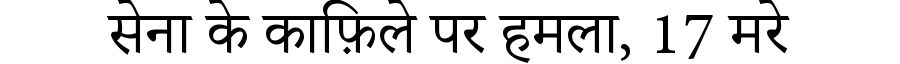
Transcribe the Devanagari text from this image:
सेना के काफ़िले पर हमला, 17 मरे